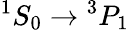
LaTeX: {}^{1}S_{0}\rightarrow{}^{3}P_{1}